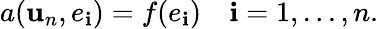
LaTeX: a(\mathbf{u}_{n},e_{\mathbf{i}})=f(e_{\mathbf{i}})\quad\mathbf{i}=1,\ldots,n.